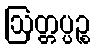
ဩတ္တပ္ပဉ္စ